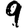
Digit: 9